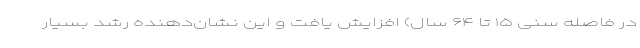
در فاصله سنی ۱۵ تا ۶۴ سال) افزایش یافت و این نشان‌دهنده رشد بسیار